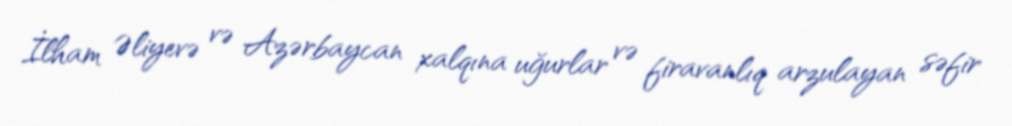
İlham Əliyevə və Azərbaycan xalqına uğurlar və firavanlıq arzulayan səfir